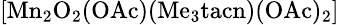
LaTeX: \mathrm{\small{[Mn_{2}O_{2}(OAc)(Me_{3}tacn)(OAc)_{2}]}}